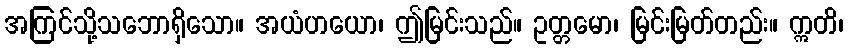
အကြင်သို့သဘောရှိသော။ အယံဟယော၊ ဤမြင်းသည်။ ဥတ္တမော၊ မြင်းမြတ်တည်း။ ဣတိ၊